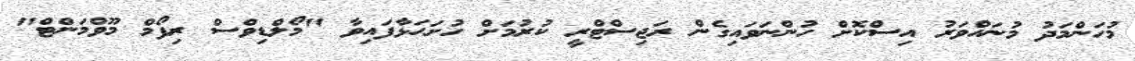
މުހަންމަދު މުނައްވަރު އިސްކޮށް ހުންނަވައިގެން ރަޖިސްޓްރީ ކުރުމަށް ހުށަހަޅާފައިވާ "މޯލްޑިވްސް ރިފޯމް މޫވްމަންޓް"